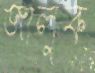
জালুক